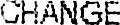
CHANGE